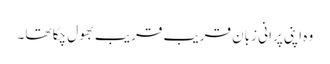
وہ اپنی پرانی زبان قریب قریب بھول چکا تھا۔